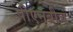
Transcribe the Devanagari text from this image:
पीएनबीचं